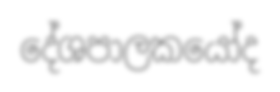
දේශපාලකයෝද